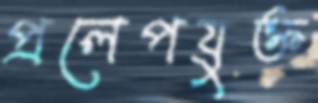
প্রলেপযুক্ত